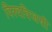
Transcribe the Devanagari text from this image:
विश्वविजयी